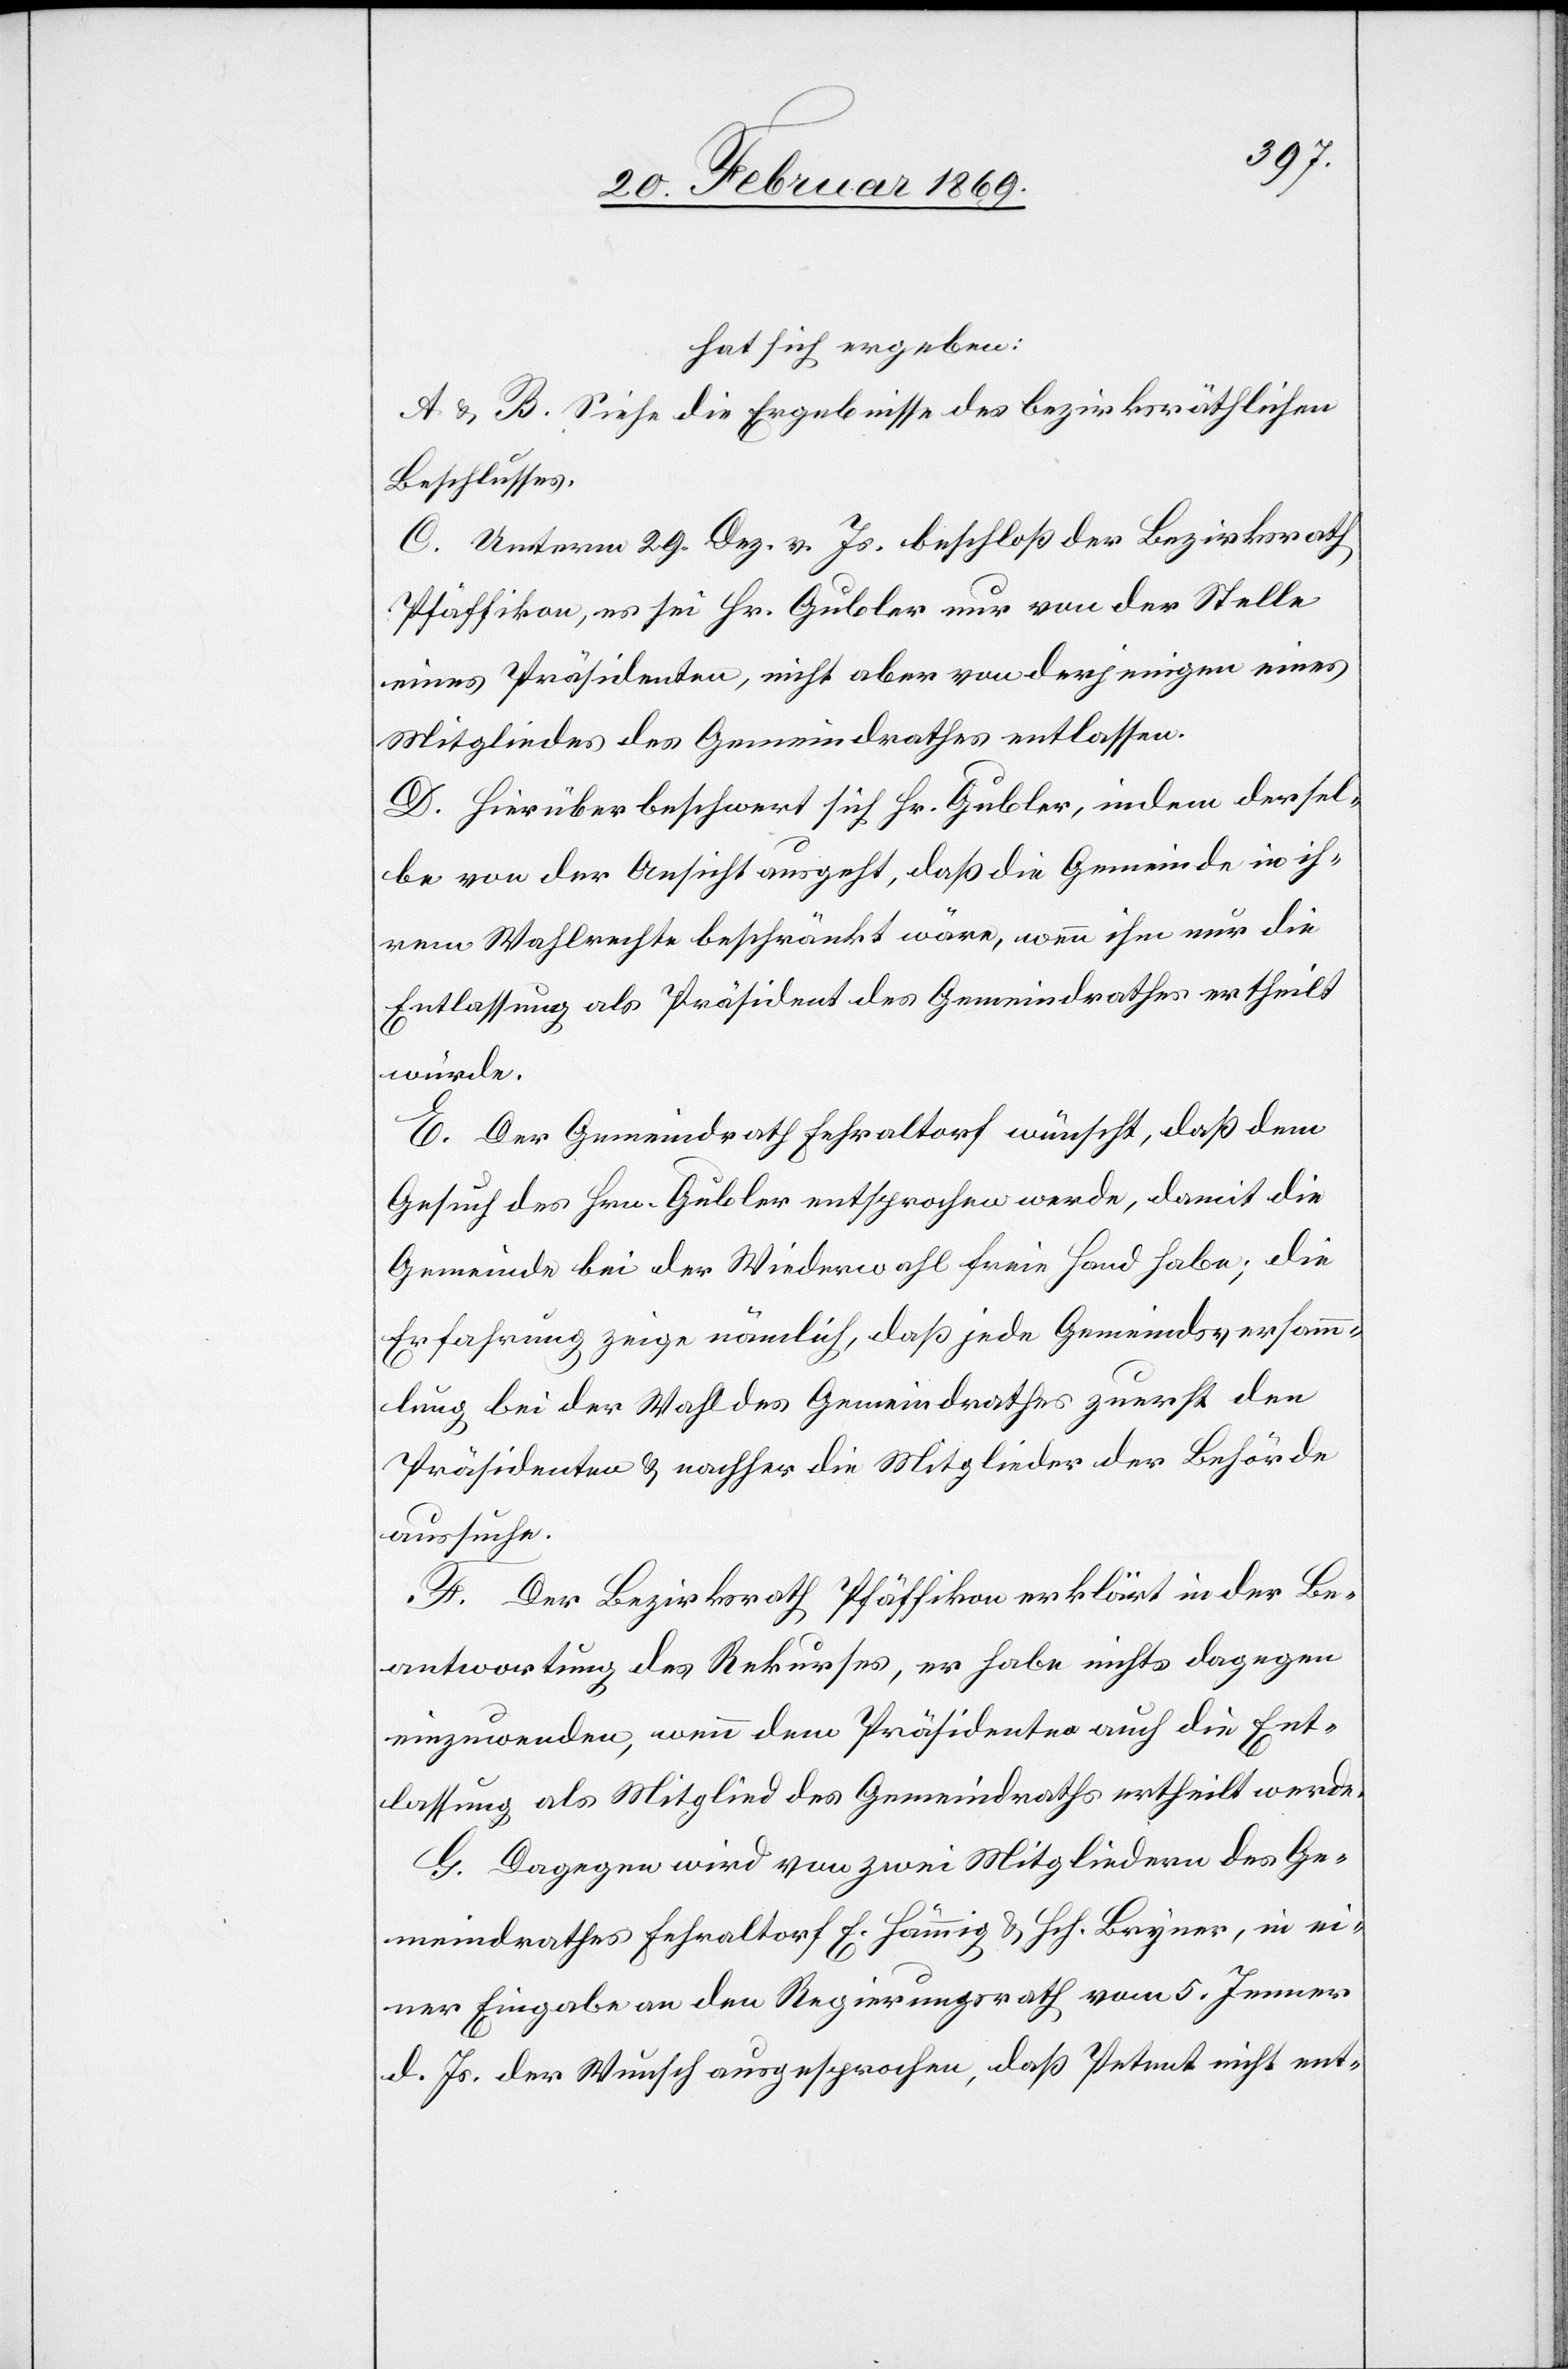
hat sich ergeben:
A. & B. Siehe die Ergebnisse des bezirksräthlichen
Beschlusses.
C. Unterm 29. Dez. v. Js. beschloß der Bezirksrath
Pfäffikon, es sei Hr. Gubler nur von der Stelle
eines Präsidenten, nicht aber von derjenigen eines
Mitgliedes des Gemeindrathes entlassen.
D. Hierüber beschwert sich Hr. Gubler, indem dersel¬
be von der Ansicht ausgeht, daß die Gemeinde in ih¬
rem Wahlrechte beschränkt wäre, wenn ihm nur die
Entlassung als Präsident des Gemeindrathes ertheilt
würde.
E. Der Gemeindrath Fehraltorf wünscht, daß dem
Gesuch des Hrn. Gubler entsprochen werde, damit die
Gemeinde bei der Wiederwahl freie Hand habe; die
Erfahrung zeige nämlich, daß jede Gemeindsversamm¬
lung bei der Wahl des Gemeindrathes zuerst den
Präsidenten & nachher die Mitglieder der Behörde
F. Der Bezirksrath Pfäffikon erklärt in der Be¬
antwortung des Rekurses, er habe nichts dagegen
einzuwenden, wenn dem Präsidenten auch die Ent¬
lassung als Mitglied des Gemeindraths ertheilt werde.
G. Dagegen wird von zwei Mitgliedern des Ge¬
meindrathes Fehraltorf E. Hämmig u. Hch. Bryner, in ei¬
ner Eingabe an den Regierungsrath vom 5. Jenner
d. Js. der Wunsch ausgesprochen, daß Petent nicht ent-